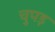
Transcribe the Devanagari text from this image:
चुपड़